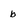
Character: b